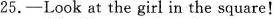
25.-Look at the girl in the square!